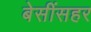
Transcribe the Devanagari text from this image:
बेसींसहर